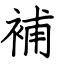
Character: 補